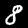
Digit: 8